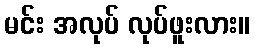
မင်း အလုပ် လုပ်ဖူးလား။